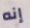
إنه